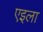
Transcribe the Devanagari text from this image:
एइला